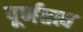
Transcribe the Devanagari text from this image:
पूर्णतत्व